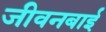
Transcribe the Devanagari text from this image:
जीवनबाई